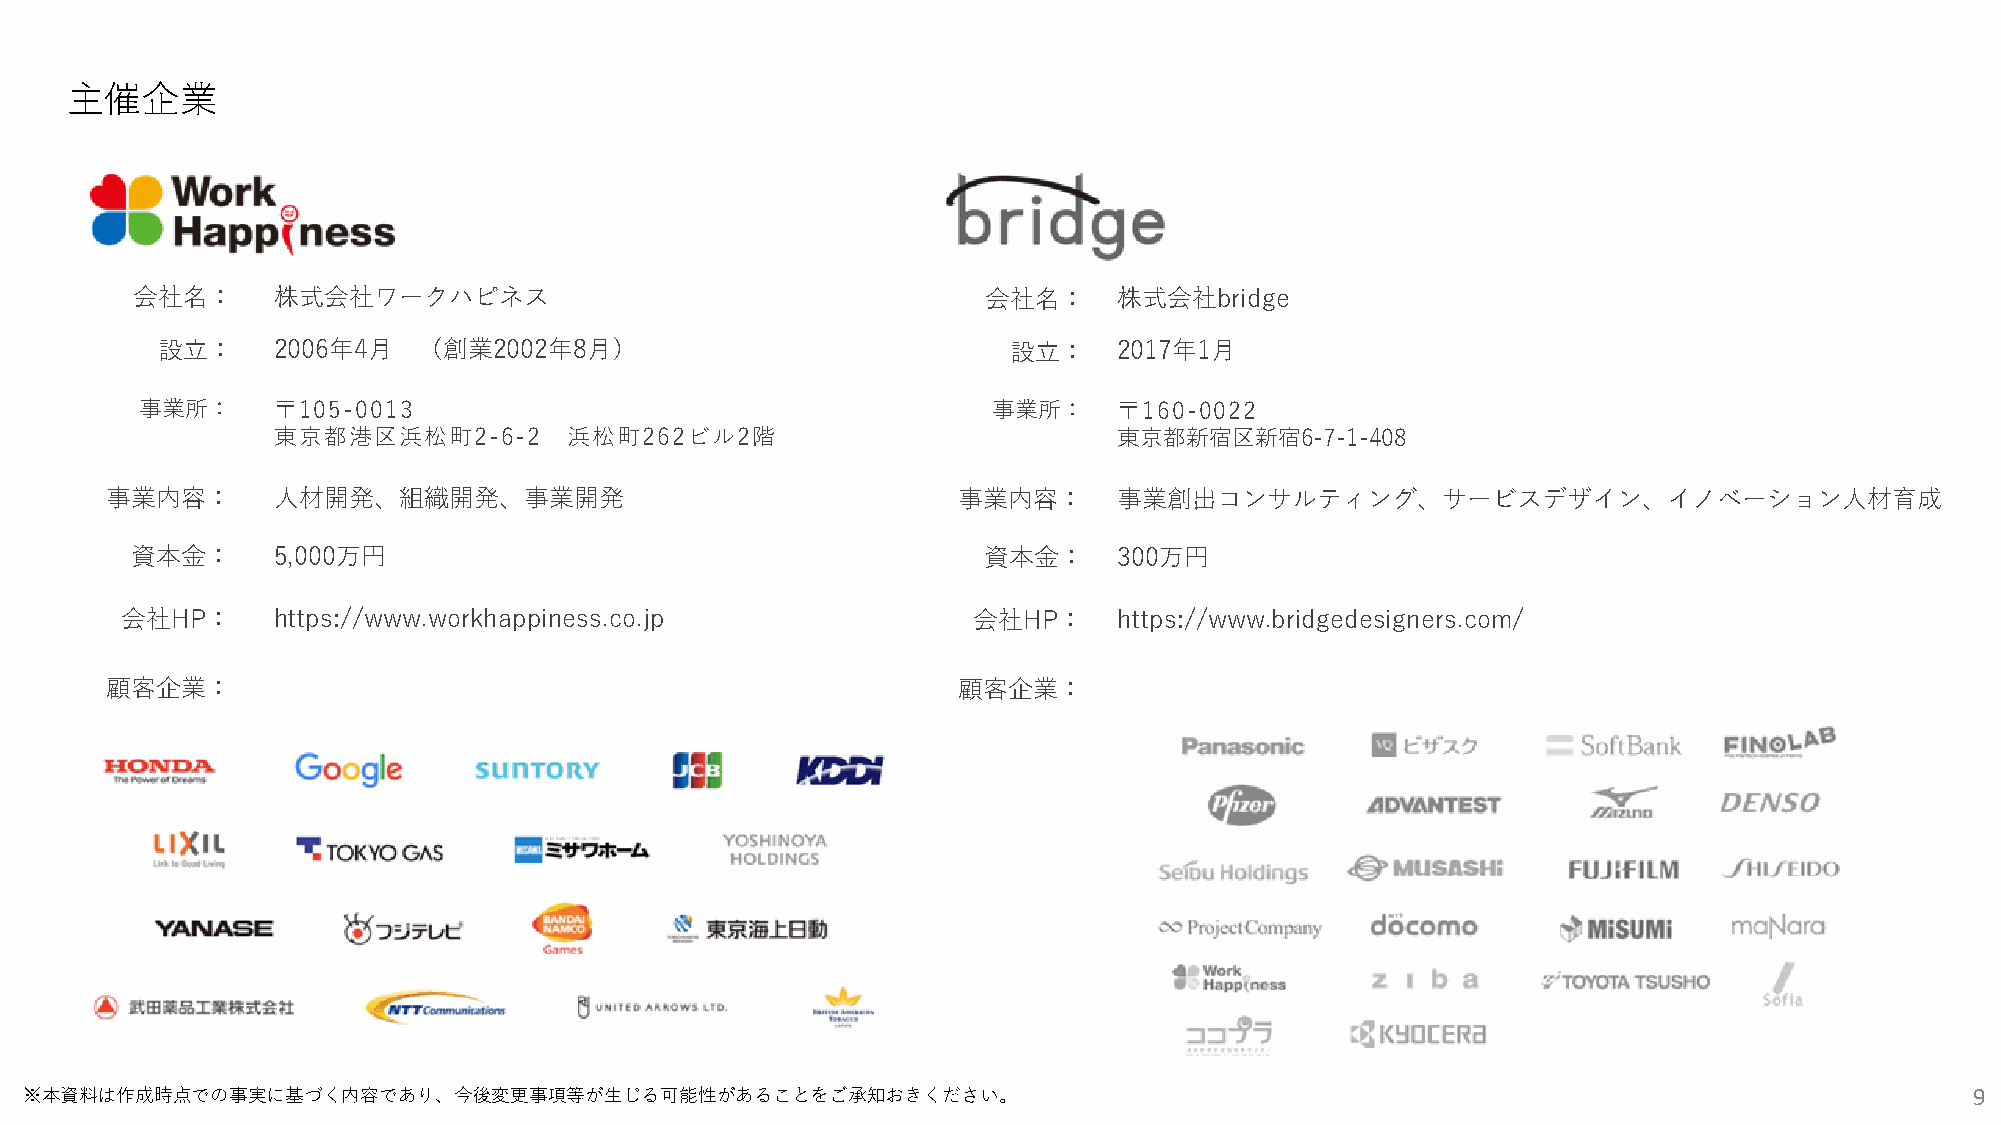
主催企業
 会社名：     株式会社ワークハピネス                                    会社名：     株式会社bridge
 設⽴：     2006年4⽉   （創業2002年8⽉）                            設⽴：    2017年1⽉
 事業所：     〒105-0013                                       事業所：    〒160-0022
 東京都港区浜松町2-6-2       浜松町262ビル2階                          東京都新宿区新宿6-7-1-408
 事業内容：      ⼈材開発、組織開発、事業開発                               事業内容：      事業創出コンサルティング、サービスデザイン、イノベーション⼈材育成
 資本⾦：     5,000万円                                        資本⾦：     300万円
 会社HP：     https://www.workhappiness.co.jp               会社HP：     https://www.bridgedesigners.com/
 顧客企業：                                                   顧客企業：
 ※本資料は作成時点での事実に基づく内容であり、今後変更事項等が⽣じる可能性があることをご承知おきください。                                                                            9